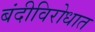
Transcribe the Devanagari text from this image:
बंदीविरोधात